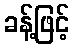
ခန့်ဖြင့်